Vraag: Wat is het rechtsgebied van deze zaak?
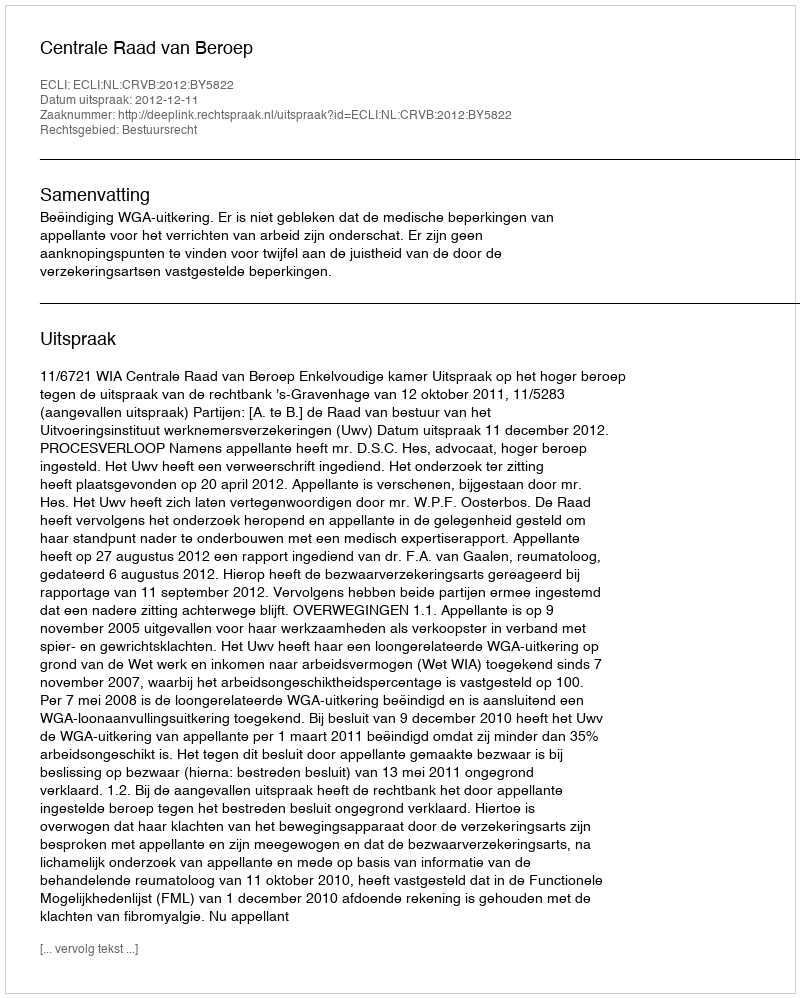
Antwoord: Bestuursrecht